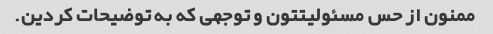
ممنون از حس مسئولیتتون و توجهی که به توضیحات کردین.